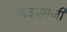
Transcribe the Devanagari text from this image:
आईएसजी